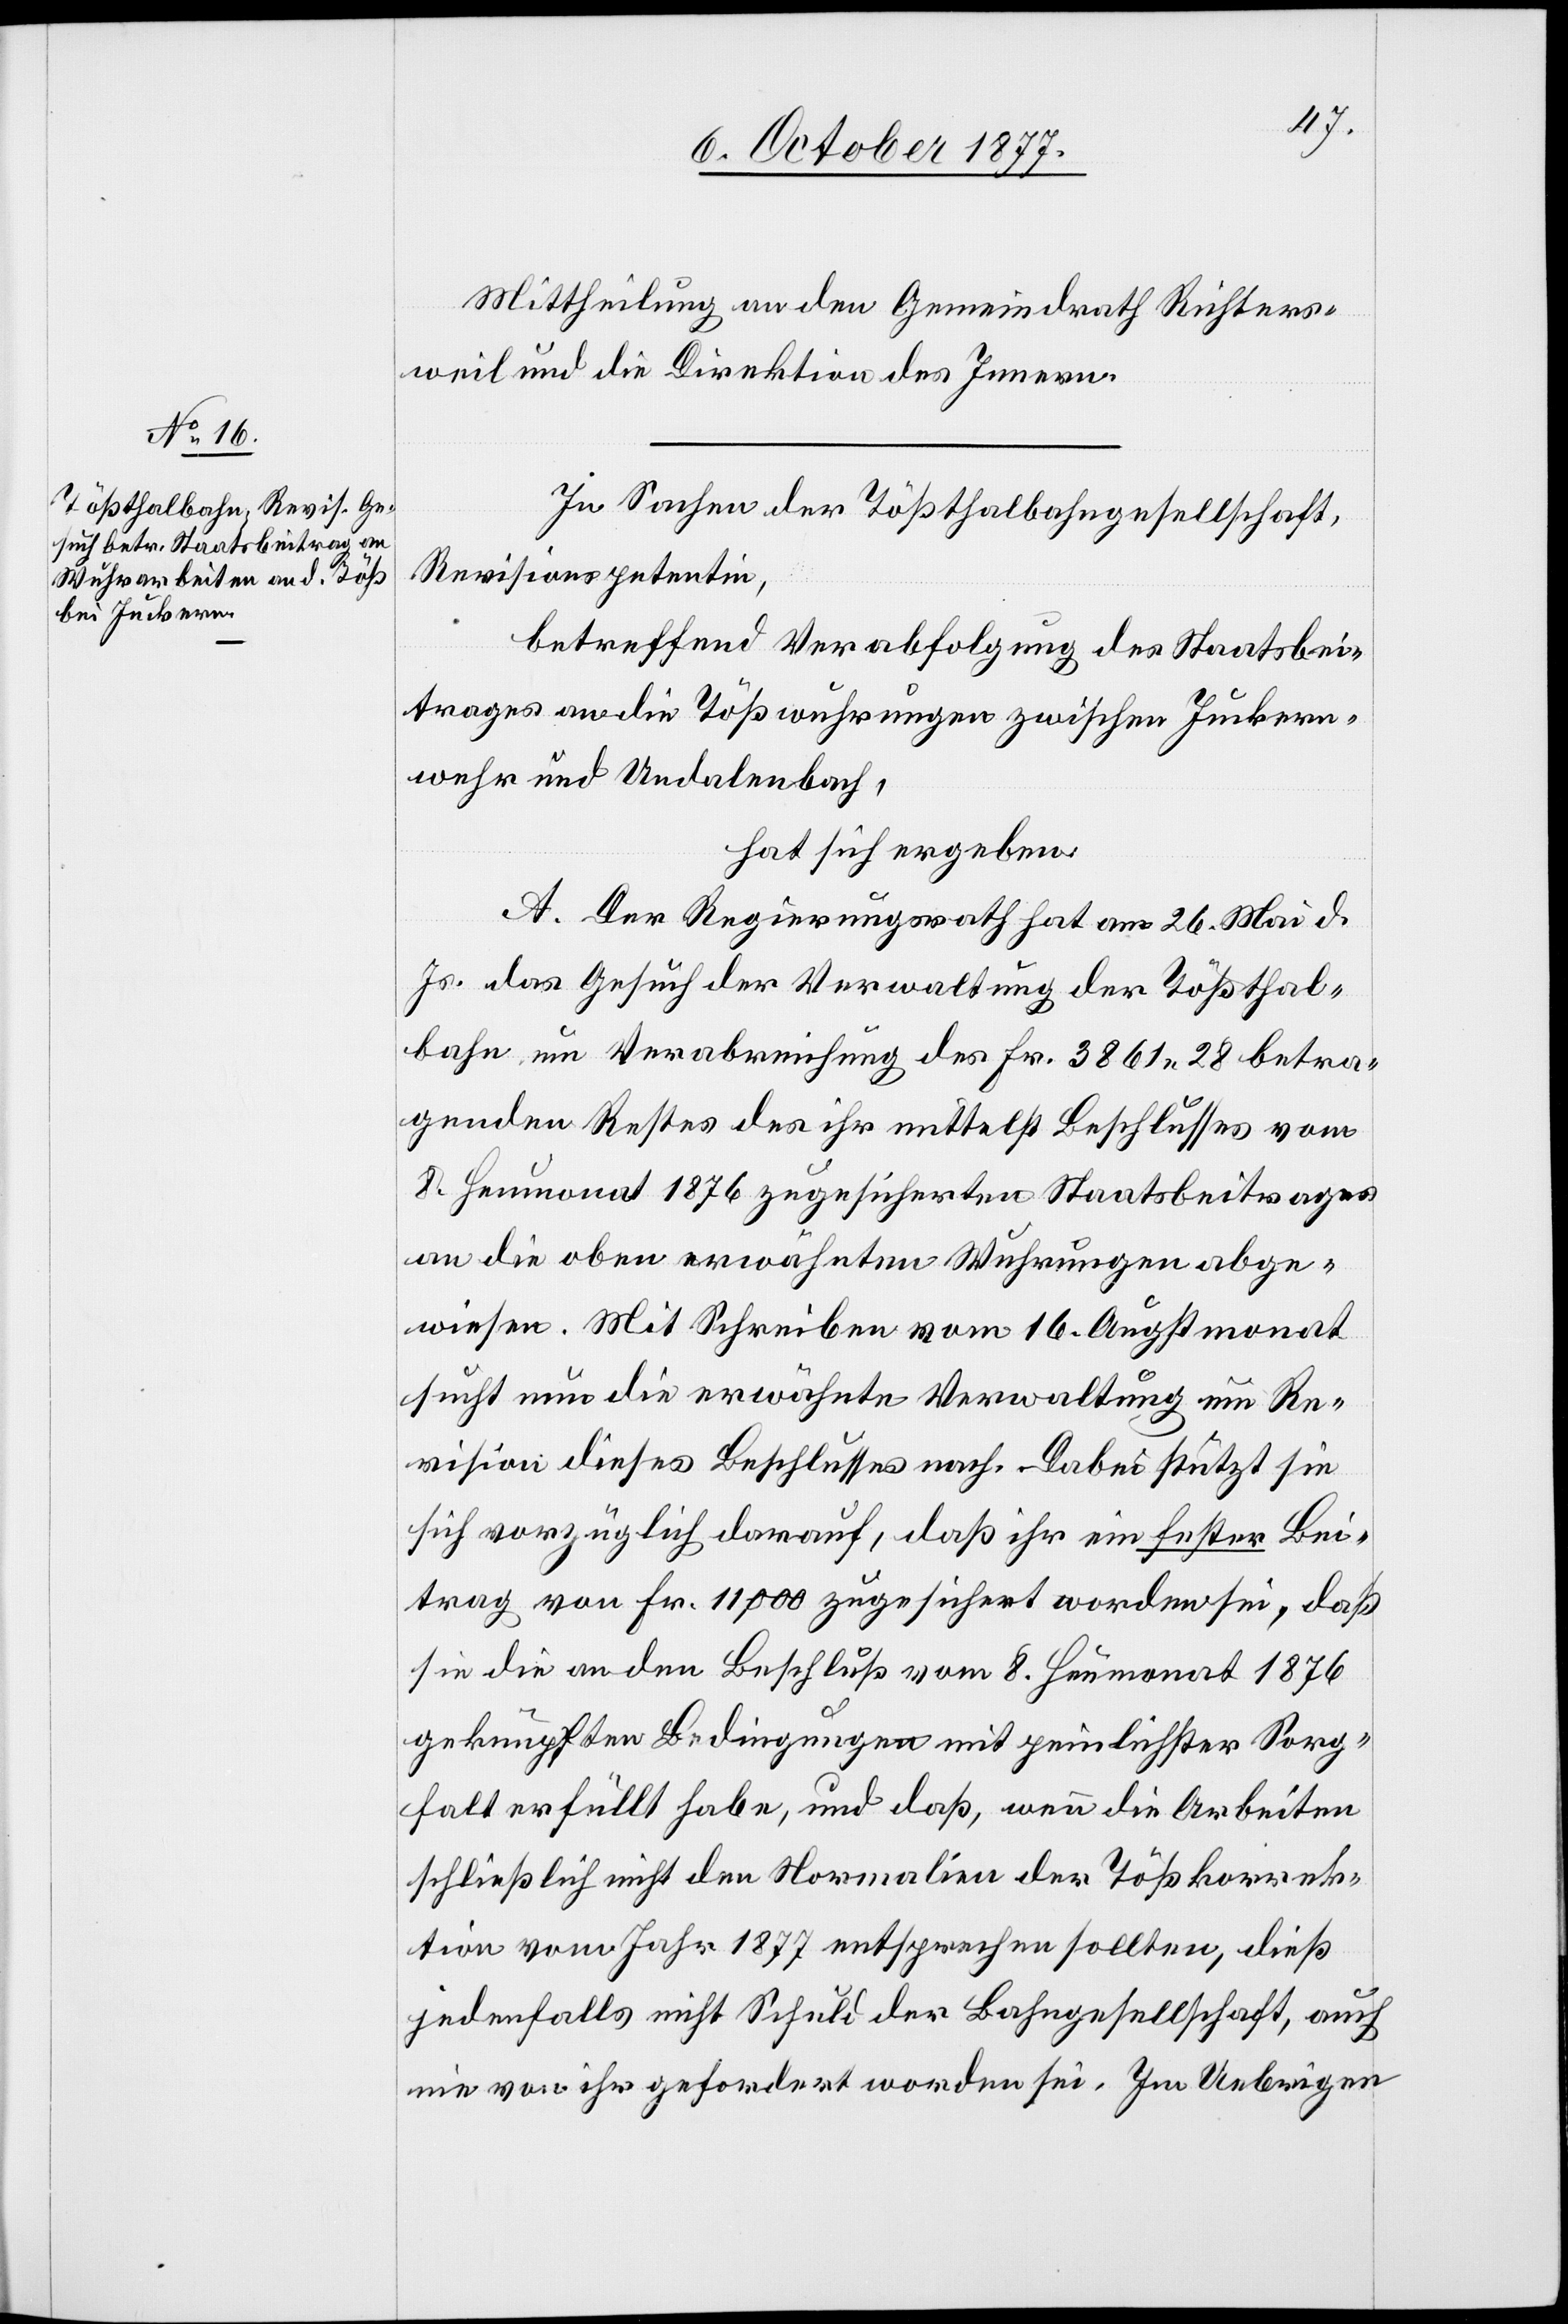
Mittheilung an den Gemeindrath Richters¬
weil und die Direktion des Innern.
In Sachen der Tößthalbahngesellschaft,
Revisionspetentin,
betreffend Verabfolgung des Staatsbei¬
trages an die Tößwuhrungen zwischen Juckern¬
wehr und Undalenbach,
hat sich ergeben:
A. Der Regierungsrath hat am 26. Mai d.
Js. das Gesuch der Verwaltung der Tößthal¬
bahn um Verabreichung des Fr. 3861 28 betra¬
genden Restes des ihr mittelst Beschlusses vom
8. Heumonat 1876 zugesicherten Staatsbeitrages
an die oben erwähnten Wuhrungen abge¬
wiesen. Mit Schreiben vom 16. Augstmonat
sucht nun die erwähnte Verwaltung um Re¬
vision dieses Beschlusses nach. Dabei stützt sie
sich vorzüglich darauf, daß ihr ein fester Bei¬
trag von Fr. 11,000 zugesichert worden sei, daß
sie die an den Beschluß vom 8. Heumonat 1876
geknüpften Bedingungen mit peinlichster Sorg¬
falt erfüllt habe, und daß, wenn die Arbeiten
schließlich nicht den Normalien der Tößkorrek¬
tion vom Jahr 1877 entsprechen sollten, dieß
jedenfalls nicht Schuld der Bahngesellschaft, auch
nie von ihr gefordert worden sei. Im Uebrigen